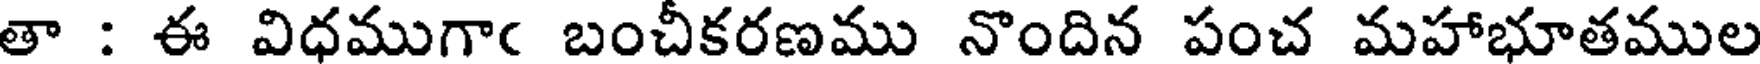
తా : ఈ విధముగాఁ బంచీకరణము నొందిన పంచ మహాభూతముల